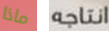
ماذا انتاجه